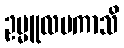
ဥမ္မူလမကာသိ